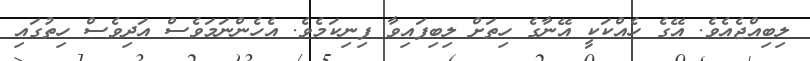
ލިބިއްޖެއެވެ. އޭގެ ހެއްކަކީ އޭނާގެ ހިތަށް ލިބިފައިވާ ފިނިކަމެވެ. އެހެންނަމަވެސް އަދިވެސް ހިތުގައި